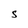
Character: S